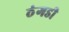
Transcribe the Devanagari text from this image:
ठंगडी